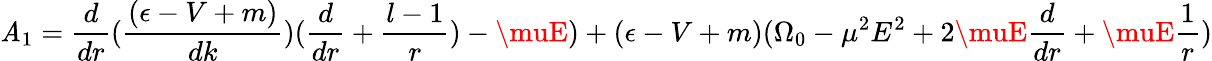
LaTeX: \mathit{A}_{1}=\frac{{d}}{{dr}}(\frac{{(\epsilon-V+m)}}{{dk}})(\frac{{d}}{{dr}}+\frac{{l-1}}{{r}})-\muE)+(\epsilon-V+m)(\Omega_{0}-\mu^{2}E^{2}+2\muE\frac{{d}}{{dr}}+\muE\frac{{1}}{{r}})